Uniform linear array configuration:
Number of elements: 64
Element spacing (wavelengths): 0.25
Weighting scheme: blackman
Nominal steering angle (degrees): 30
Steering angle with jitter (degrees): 30.096
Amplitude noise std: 0.05
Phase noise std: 0.05

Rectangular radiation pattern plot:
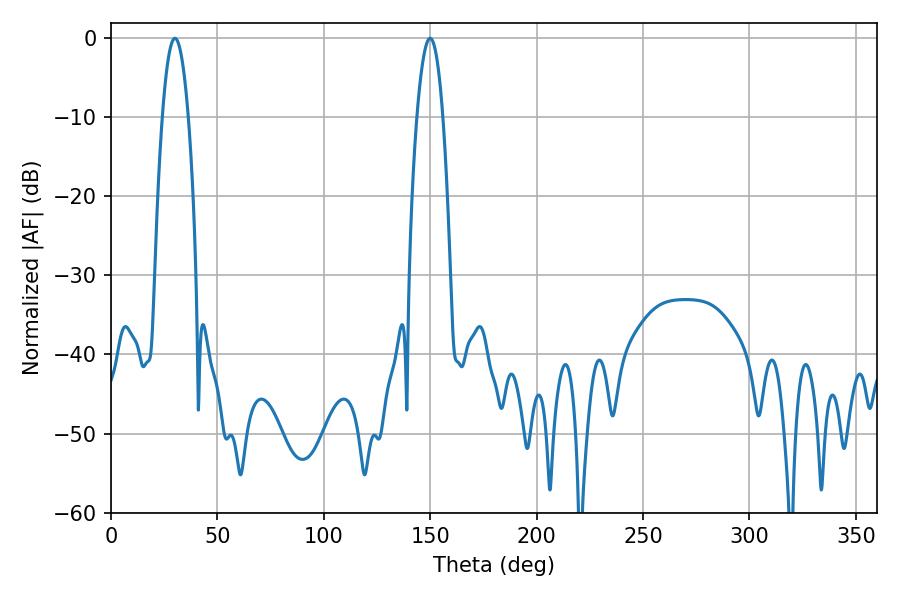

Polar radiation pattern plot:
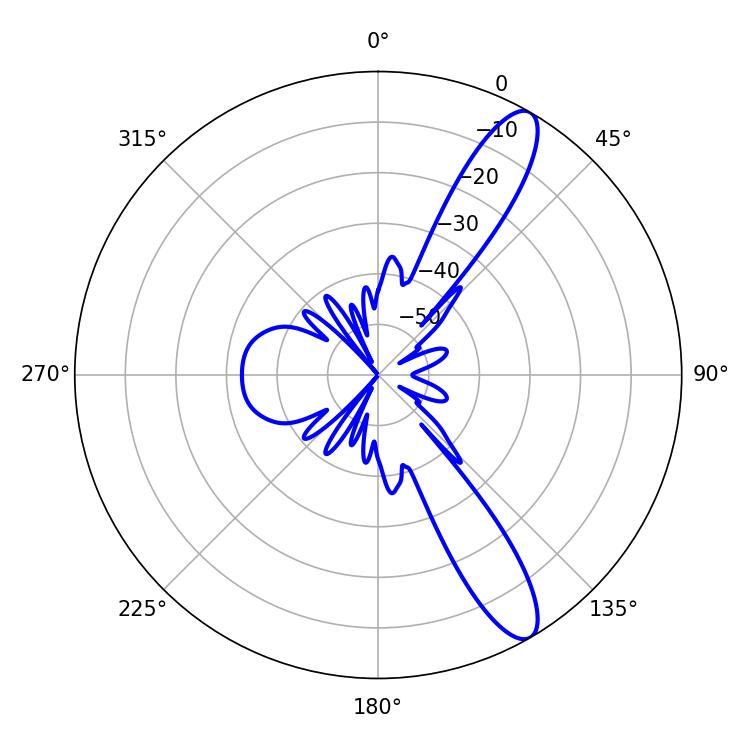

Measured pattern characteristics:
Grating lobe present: FALSE
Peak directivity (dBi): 11.996
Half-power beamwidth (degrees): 6.66
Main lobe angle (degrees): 30.06